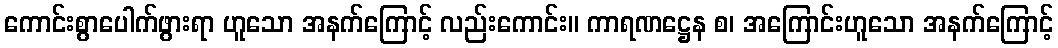
ကောင်းစွာပေါက်ဖွားရာ ဟူသော အနက်ကြောင့် လည်းကောင်း။ ကာရဏဋ္ဌေန စ၊ အကြောင်းဟူသော အနက်ကြောင့်